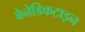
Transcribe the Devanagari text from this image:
बेनेडिकटाइन